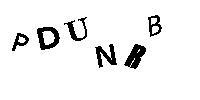
PDUNRB